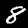
Label: 8